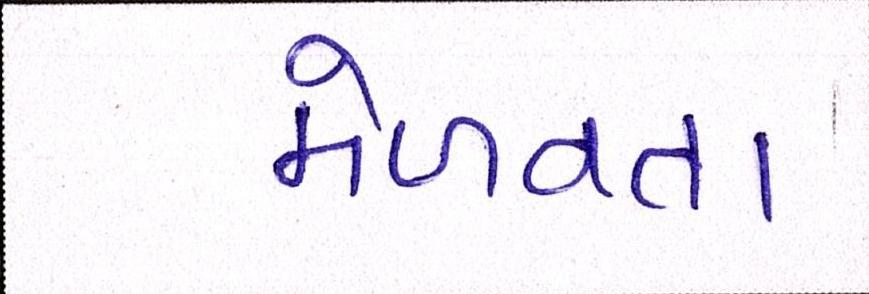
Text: મેળવતા